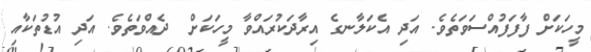
މީހަކަށް ފާފަފުއްސަވަތެވެ. އަދި އެކަލާނގެ އިރާދަކުރައްވާ މީހަކަށް  ދެއްވަތެވެ. އަދި އުޑުތަކާއި